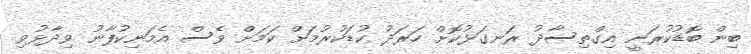
ބިން ބޮޑުކުރަނީ އިގްތިސާދު ރަނގަޅުކޮށް ހަރަދު ކުޑަކުރުމަށް ކަމަށް ވެސް އެމަނިކުފާނު ވިދާޅުވި